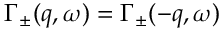
\Gamma _ { \pm } ( q , \omega ) = \Gamma _ { \pm } ( - q , \omega )